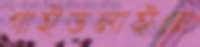
গাইডলাইনে